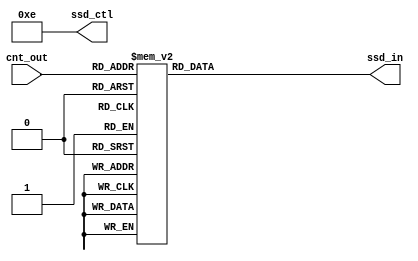
// de ne segment codes
`define SS_0 8'b00000011
`define SS_1 8'b10011111
`define SS_2 8'b00100101
`define SS_3 8'b00001101
`define SS_4 8'b10011001
`define SS_5 8'b01001001
`define SS_6 8'b01000001
`define SS_7 8'b00011111
`define SS_8 8'b00000001
`define SS_9 8'b00001001
`define SS_A 8'b00010001
`define SS_B 8'b11000001
`define SS_C 8'b01100011
`define SS_D 8'b10000101
`define SS_E 8'b01100001
`define SS_F 8'b01110001

module SSDdisplay(ssd_in, ssd_ctl, cnt_out);
output reg[7:0] ssd_in; 
output [3:0] ssd_ctl;
input [3:0] cnt_out;

assign ssd_ctl = 4'b1110;
always @* begin
    case (cnt_out)
        4'h0:
            ssd_in = `SS_0;
        4'h1:
            ssd_in = `SS_1;
        4'h2:
            ssd_in = `SS_2;
        4'h3:
            ssd_in = `SS_3;
        4'h4:
            ssd_in = `SS_4;
        4'h5:
            ssd_in = `SS_5;
        4'h6:
            ssd_in = `SS_6;
        4'h7:
            ssd_in = `SS_7;
        4'h8:
            ssd_in = `SS_8;
        4'h9:
            ssd_in = `SS_9;
        4'hA:
            ssd_in = `SS_A;
        4'hB:
            ssd_in = `SS_B;
        4'hC:
            ssd_in = `SS_C;
        4'hD:
            ssd_in = `SS_D;
        4'hE:
            ssd_in = `SS_E;
        4'hF:
            ssd_in = `SS_F;
        default: ssd_in = 8'b0000000;
    endcase
end
endmodule